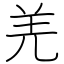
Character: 羌